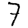
Digit: 7